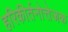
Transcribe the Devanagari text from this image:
हरिकीर्तनोत्तेजक